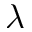
\boldsymbol { \lambda }